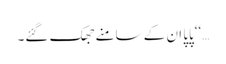
…‘‘پاپا ان کے سامنے جھک گئے۔